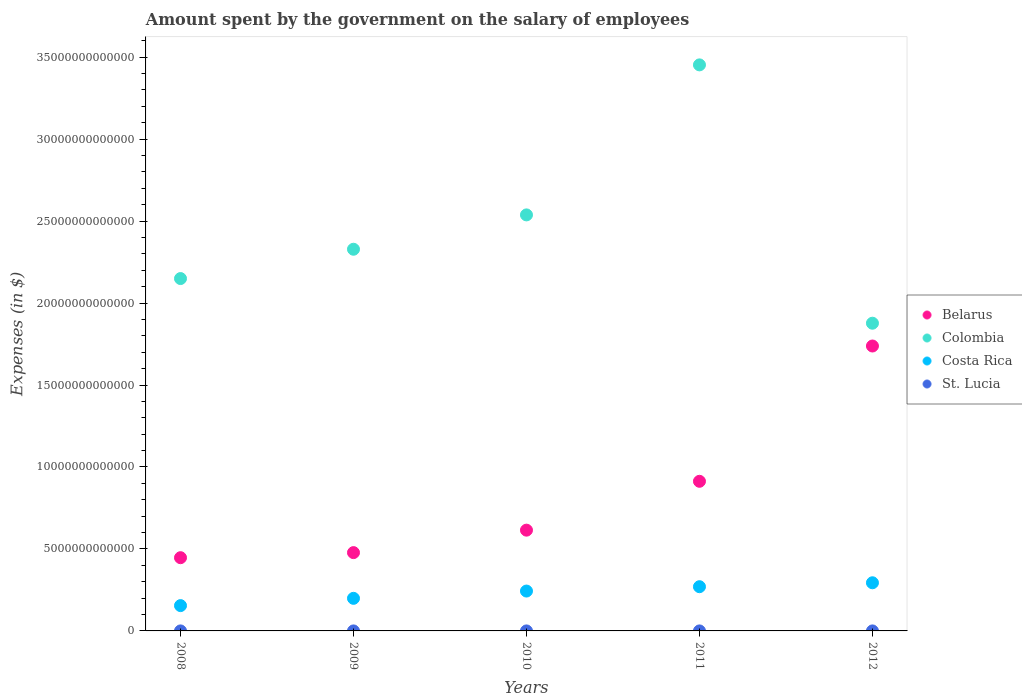
| Years | Belarus | Colombia | Costa Rica | St. Lucia |
 | --- | --- | --- | --- | --- |
 | 2008 | 4.47e+12 | 2.15e+13 | 1.54e+12 | 2.88e+08 |
 | 2009 | 4.78e+12 | 2.33e+13 | 1.99e+12 | 3.09e+08 |
 | 2010 | 6.15e+12 | 2.54e+13 | 2.43e+12 | 3.37e+08 |
 | 2011 | 9.13e+12 | 3.45e+13 | 2.7e+12 | 3.45e+08 |
 | 2012 | 1.74e+13 | 1.88e+13 | 2.94e+12 | 3.59e+08 |